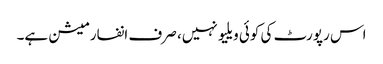
اس رپورٹ کی کوئی ویلیو نہیں، صرف انفارمیشن ہے۔